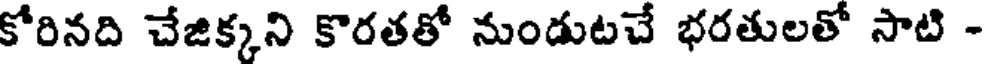
కోరినది చేజిక్కని కొరతతో నుండుటచే భరతులతో సాటి -